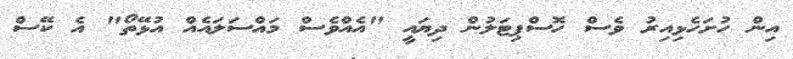
އިން ހުށަހެޅިއިރު ވެސް ހޮސްޕިޓަލުން ދިޔައީ "އެއްވެސް މައްސަލައެއް އުޅޭތޯ" އެ ކޭސް